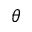
\theta